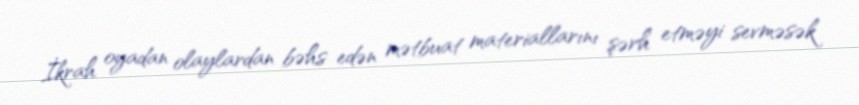
İkrah oyadan olaylardan bəhs edən mətbuat materiallarını şərh etməyi sevməsək